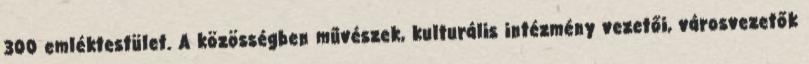
300 emléktestület. A közösségben művészek, kulturális intézmény vezetői, városvezetők